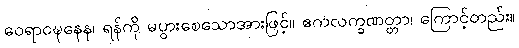
ဝေရာဝဍ္ဎနေန၊ ရန်ကို မပွားစေသောအားဖြင့်။ ဧကလက္ခဏတ္တာ၊ ကြောင့်တည်း။